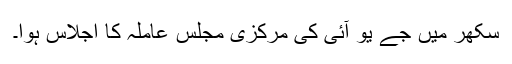
سکھر میں جے یو آئی کی مرکزی مجلس عاملہ کا اجلاس ہوا۔